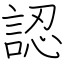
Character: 認